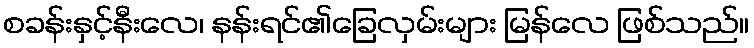
စခန်းနှင့်နီးလေ၊ နန်းရင်၏ခြေလှမ်းများ မြန်လေ ဖြစ်သည်။